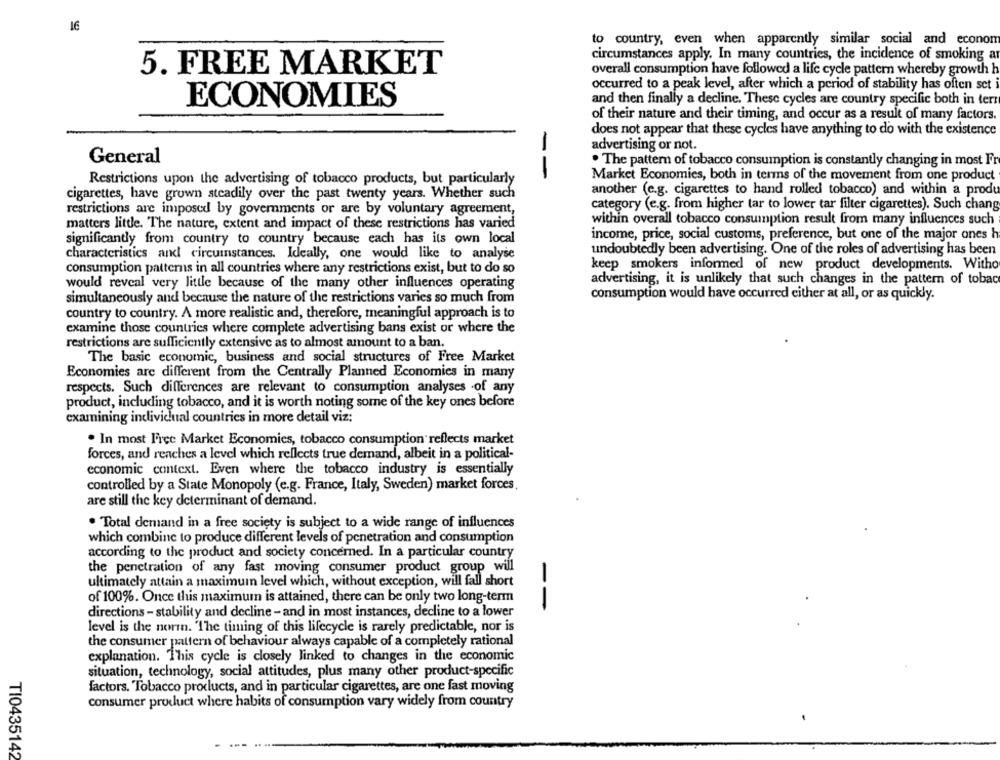
16
to country, even when apparently similar social and econon
circumstances apply. In many countries, the incidence of smoking a
5. FREE MARKET
overall consumption have followed a life cycle pattern whereby growth h
occurred to a peak level, after which a period of stability has often set
ECONOMIES
and then finally a decline. These cycles are country specific both in terr
of their nature and their timing, and occur as a result of many factors.
does not appear that these cycles have anything to do with the existence
advertising or not.
General
. The pattern of tobacco consumption is constantly changing in most Fr
--
Restrictions upon the advertising of tobacco products, but particularly
Market Economies, both in terms of the movement from one product
another (e.g. cigarettes to hand rolled tobacco) and within a produ
cigarettes, have grown steadily over the past twenty years. Whether such
category (e.g. from higher tar to lower tar filter cigarettes). Such chang
restrictions are imposed by governments or are by voluntary agreement,
within overall tobacco consumption result from many influences such
matters little. The nature, extent and impact of these restrictions has varied
income, price, social customs, preference, but one of the major ones h
significantly from country to country because each has its own local
undoubtedly been advertising. One of the roles of advertising has been
characteristics and circumstances. Ideally, one would like to analyse
keep smokers informed of new product developments. Witho
consumption patterns in all countries where any restrictions exist, but to do so
advertising, it is unlikely that such changes in the pattern of tobac
would reveal very little because of the many other influences operating
consumption would have occurred either at all, or as quickly.
simultaneously and because the nature of the restrictions varies so much from
country to country. A more realistic and, therefore, meaningful approach is to
examine those countries where complete advertising bans exist or where the
restrictions are sufficiently extensive as to almost amount to a ban.
The basic economic, business and social structures of Free Market
Economies are different from the Centrally Planned Economies in many
respects. Such differences are relevant to consumption analyses -of any
product, including tobacco, and it is worth noting some of the key ones before
examining individual countries in more detail viz:
. In most Free Market Economies, tobacco consumption reflects market
forces, and renches a level which reflects true demand, albeit in a political-
economic context. Even where the tobacco industry is essentially
controlled by a State Monopoly (e.g. France, Italy, Sweden) market forces
are still the key determinant of demand.
. Total demand in a free society is subject to a wide range of influences
which combine to produce different levels of penetration and consumption
according to the product and society concerned. In a particular country
the penetration of any fast moving consumer product group will
ultimately attain a maximum level which, without exception, will fall short
of 100%. Once this maximum is attained, there can be only two long-term
--
directions - stability and decline - and in most instances, decline to a lower
level is the norm. The timing of this lifecycle is rarely predictable, nor is
the consumer pattern of behaviour always capable of a completely rational
explanation. This cycle is closely linked to changes in the economic
situation, technology, social attitudes, plus many other product-specific
factors. Tobacco products, and in particular cigarettes, are one fast moving
consumer product where habits of consumption vary widely from country
TI0435142